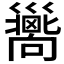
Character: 𢀉